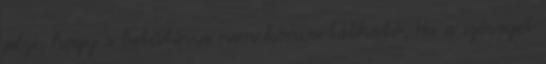
jelzi, hogy a betűtípus nem konvertálható. Ha a szöveget